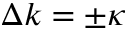
\Delta k = \pm \kappa